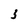
Character: 3